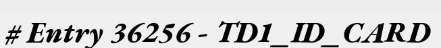
# Entry 36256 - TD1_ID_CARD